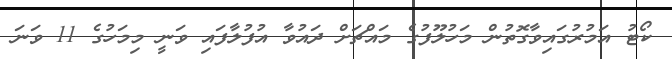
ކޯޓު އަމުރުގައިވާގޮތުން މަހުލޫފުގެ މައްޗަށް ދައުވާ އުފުލާފައި ވަނީ މިމަހުގެ 11 ވަނަ